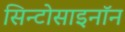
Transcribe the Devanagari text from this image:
सिन्टोसाइनॉन